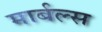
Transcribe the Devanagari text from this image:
मार्बल्स